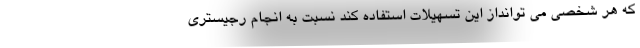
که هر شخصی می توانداز این تسهیلات استفاده کند نسبت به انجام رجیستری